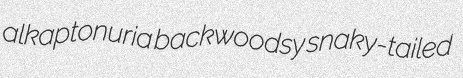
alkaptonuria backwoodsy snaky-tailed